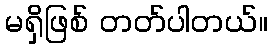
မရှိဖြစ် တတ်ပါတယ်။